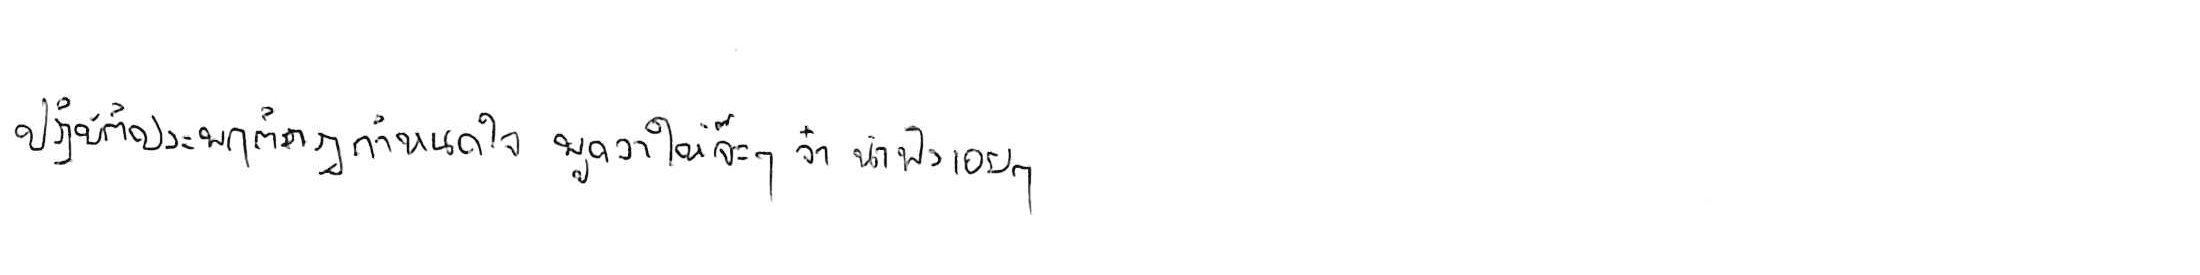
ปฏิบัติประพฤติกฎกำหนดใจ พูดจาให้จ๊ะๆ จ๋า น่าฟังเอยฯ